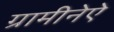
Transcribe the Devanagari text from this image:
ग्रामीनेऐ